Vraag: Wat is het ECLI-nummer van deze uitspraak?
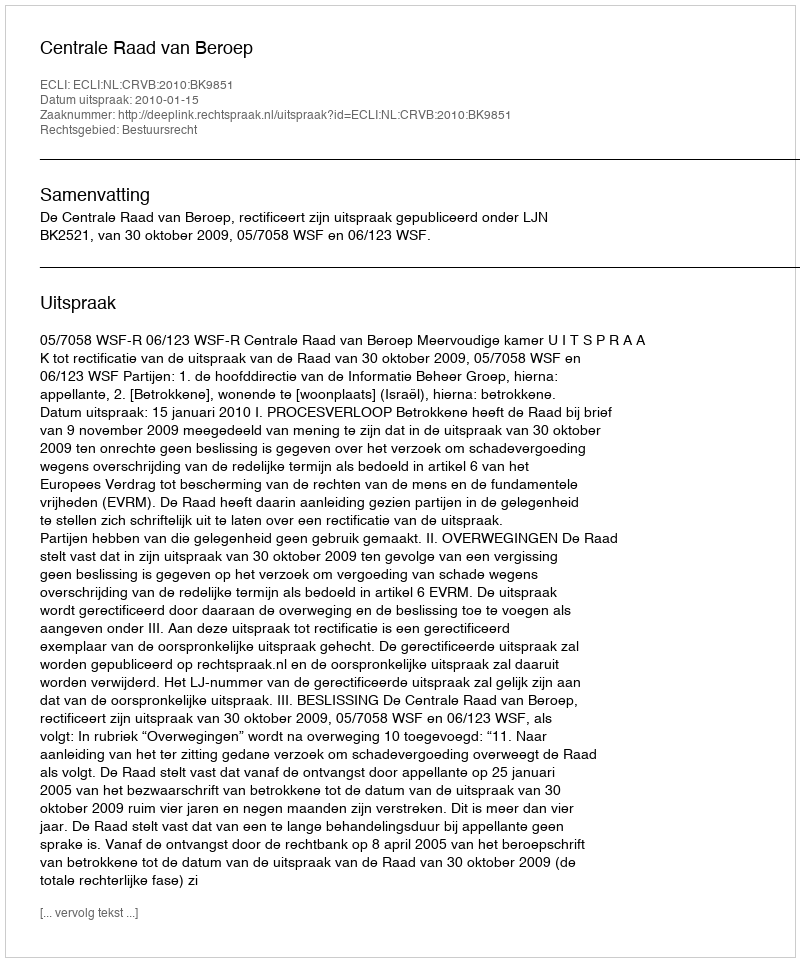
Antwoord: ECLI:NL:CRVB:2010:BK9851